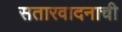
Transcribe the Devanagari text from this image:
सतारवादनाची